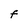
Character: F